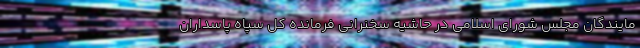
مایندگان مجلس شورای اسلامی در حاشیه سخنرانی فرمانده کل سپاه پاسداران